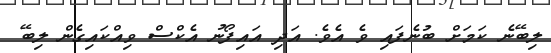
ލިބޭނެ ކަމަށް ބުނެފައި ވެ އެވެ. އަދި އައިފޯނު އެކްސް ވިއްކައިގެން ލިބޭ